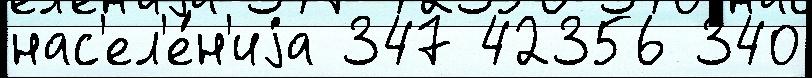
нас'ел'е́н'иjа 347 42356 340